Indian journal of veterinary science and animal husbandry - Volume 8,
Year: 1938
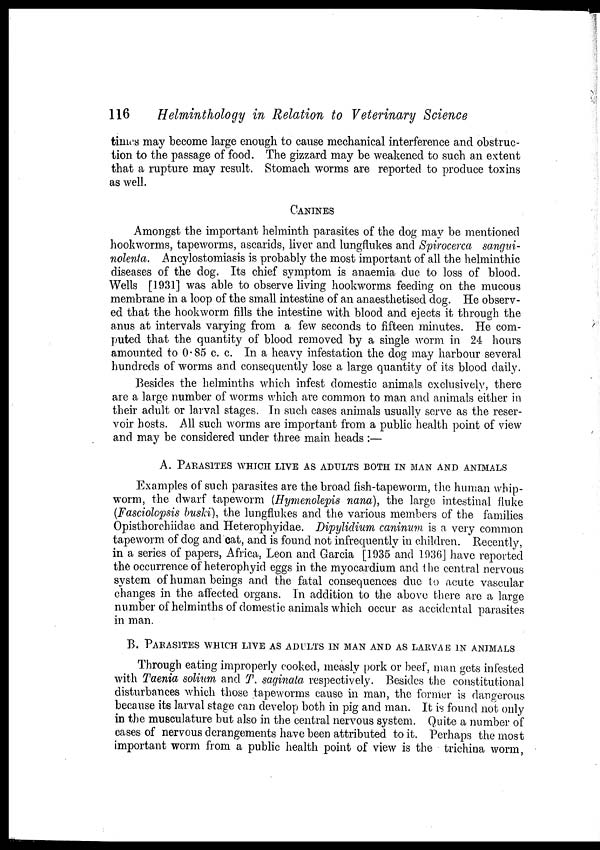
116
Helminthology in Relation to Veterinary Science
times may become large enough to cause mechanical interference and obstruc-
tion to the passage of food. The gizzard may be weakened to such an extent
that a rupture may result. Stomach worms are reported to produce toxins
as well.
CANINES
Amongst the important helminth parasites of the dog may be mentioned
hookworms, tapeworms, ascarids, liver and lungflukes and Spirocerca sangui-
nolenta. Ancylostomiasis is probably the most important of all the helminthic
diseases of the dog. Its chief symptom is anaemia due to loss of blood.
Wells [1931] was able to observe living hookworms feeding on the mucous
membrane in a loop of the small intestine of an anaesthetised dog. He observ-
ed that the hookworm fills the intestine with blood and ejects it through the
anus at intervals varying from a few seconds to fifteen minutes. He com-
puted that the quantity of blood removed by a single worm in 24 hours
amounted to 0.85 c. c. In a heavy infestation the dog may harbour several
hundreds of worms and consequently lose a large quantity of its blood daily.
Besides the helminths which infest domestic animals exclusively, there
are a large number of worms which are common to man and animals either in
their adult or larval stages. In such cases animals usually serve as the reser-
voir hosts. All such worms are important from a public health point of view
and may be considered under three main heads :—
A. PARASITES WHICH LIVE AS ADULTS BOTH IN MAN AND ANIMALS
Examples of such parasites are the broad fish-tapeworm, the human whip-
worm, the dwarf tapeworm (Hymenolepis nana), the large intestinal fluke
(Fasciolopsis buski), the lungflukes and the various members of the families
Opisthorchiidae and Heterophyidae. Dipylidium caninum is a very common
tapeworm of dog and cat, and is found not infrequently in children. Recently,
in a series of papers, Africa, Leon and Garcia [1935 and 1936] have reported
the occurrence of heterophyid eggs in the myocardium and the central nervous
system of human beings and the fatal consequences due to acute vascular
changes in the affected organs. In addition to the above there are a large
number of helminths of domestic animals which occur as accidental parasites
in man.
B. PARASITES WHICH LIVE AS ADULTS IN MAN AND AS LARVAE IN ANIMALS
Through eating improperly cooked, measly pork or beef, man gets infested
with Taenia solium and T. saginata respectively. Besides the constitutional
disturbances which those tapeworms cause in man, the former is dangerous
because its larval stage can develop both in pig and man. It is found not only
in the musculature but also in the central nervous system. Quite a number of
cases of nervous derangements have been attributed to it. Perhaps the most
important worm from a public health point of view is the trichina worm,